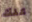
عنك